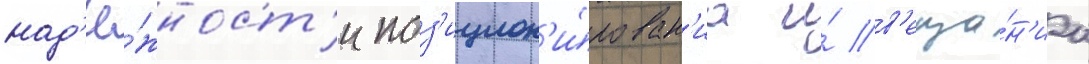
над'ё́жност'и поз'ицион'и́рован'иа и́ в'еща́н'иа